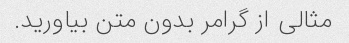
مثالی از گرامر بدون متن بیاورید.